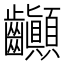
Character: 𪚉